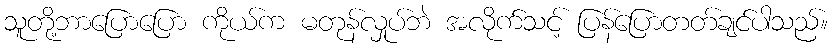
သူတို့ဘာပြောပြော ကိုယ်က မတုန်လှုပ်ဘဲ အလိုက်သင့် ပြန်ပြောတတ်ချင်ပါသည်။